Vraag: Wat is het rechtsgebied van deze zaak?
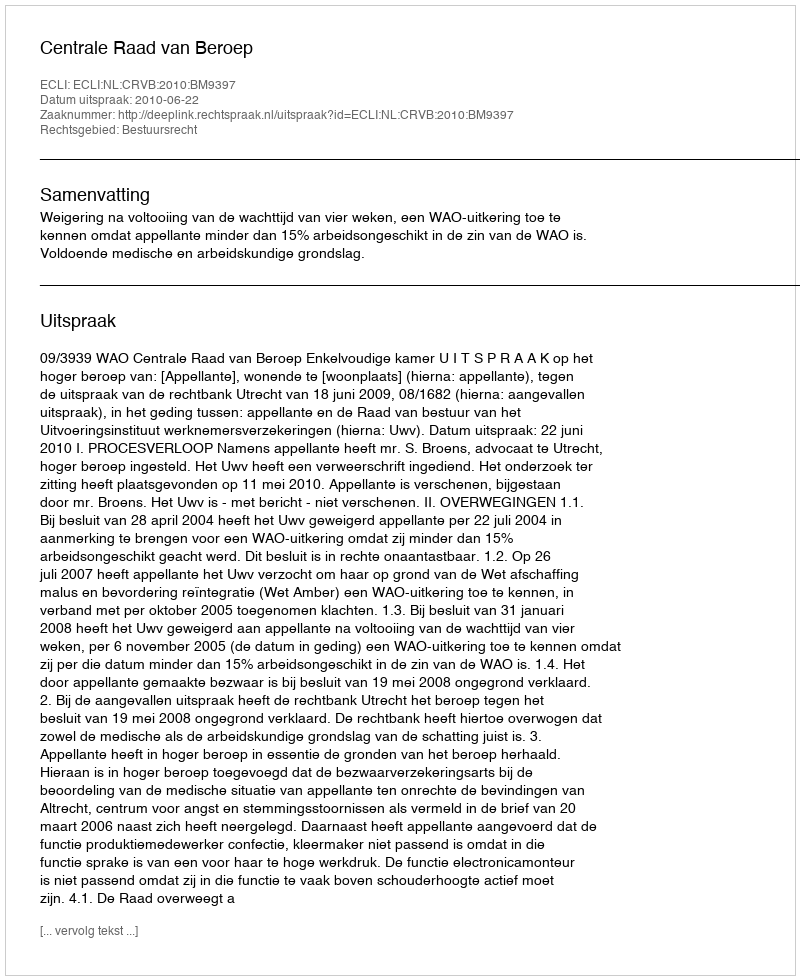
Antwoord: Bestuursrecht